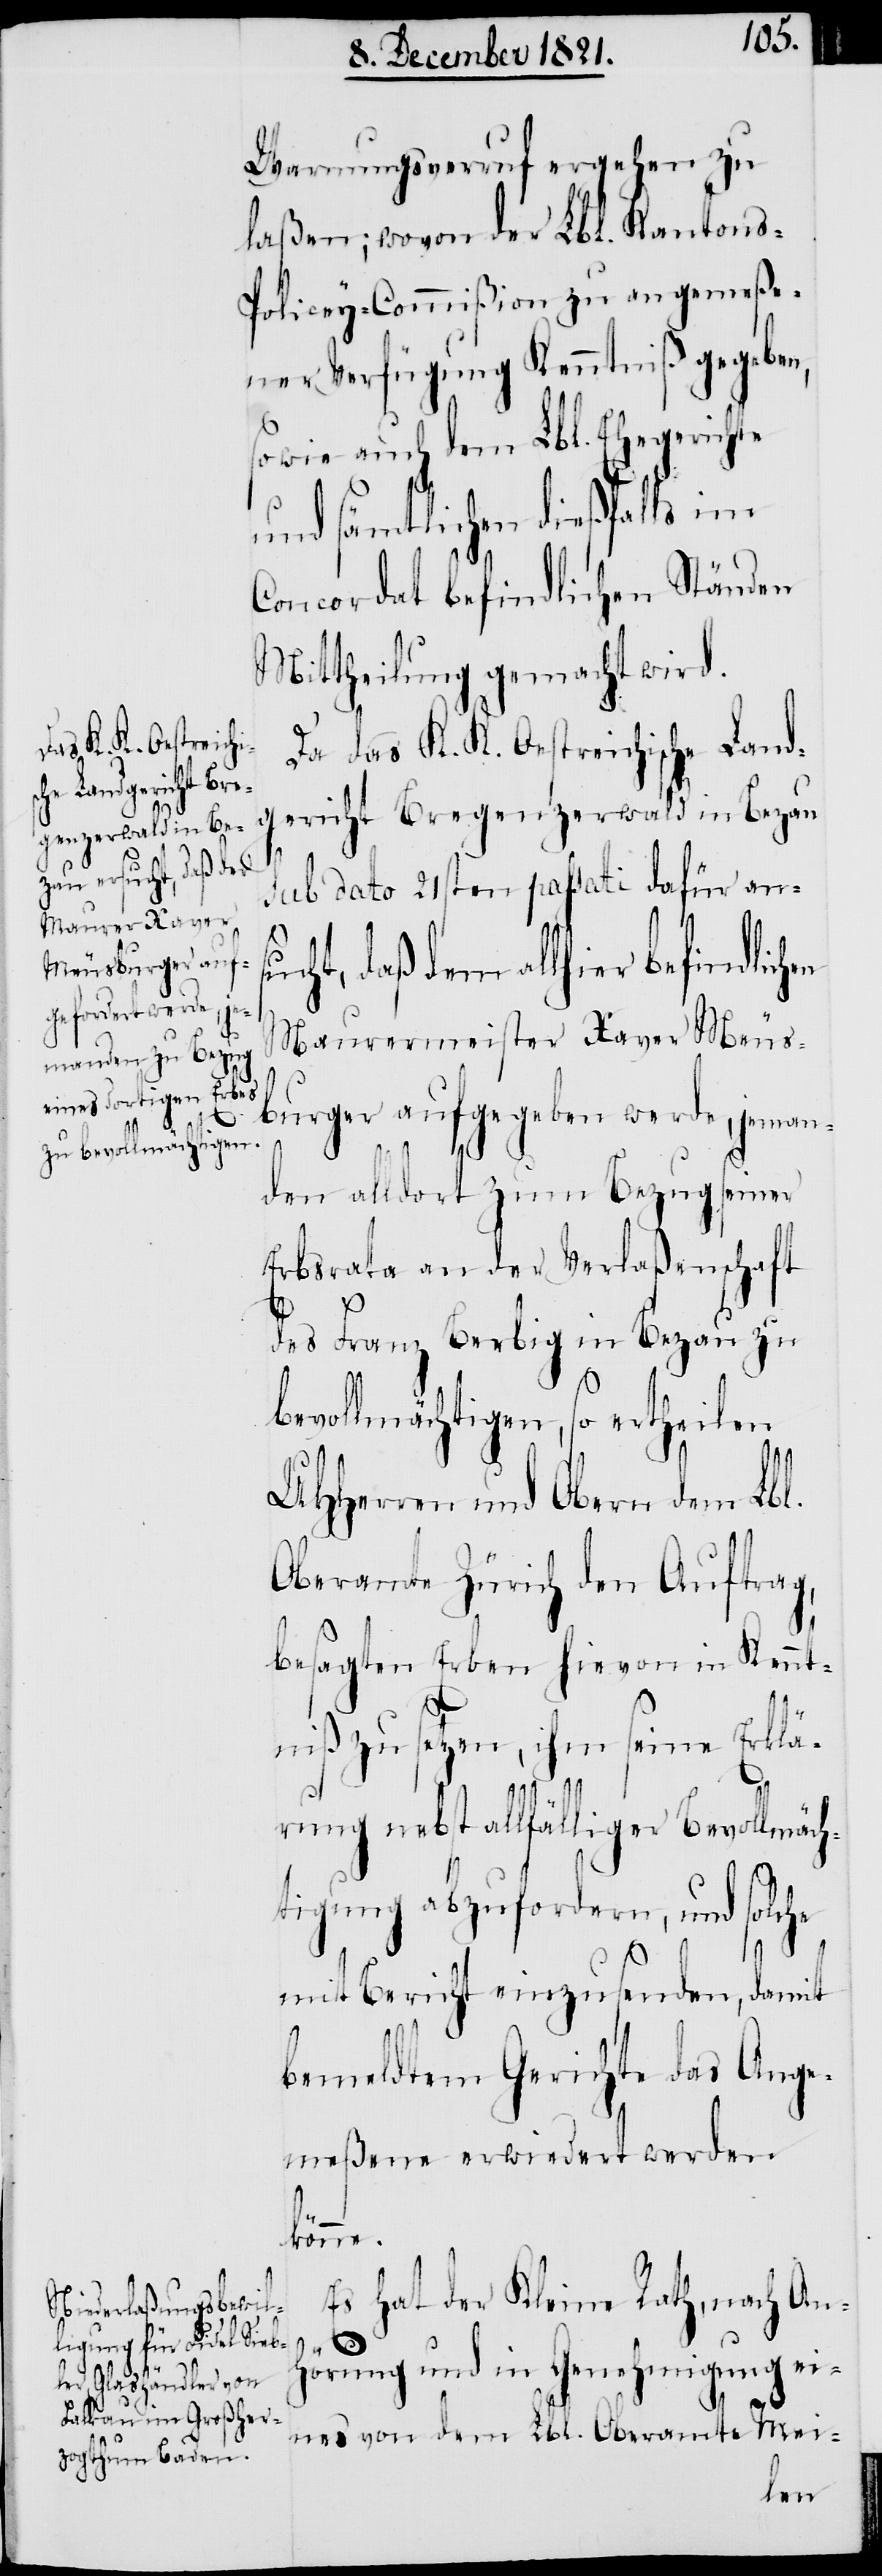
Warnungsverruf ergehen zu
laßen; wovon der Lbl. Kanton¬
s-Policey-Commißion zu angemeße¬
ner Verfügung Kenntniß gegeben,
sowie auch dem Lbl. Ehegerichte
und sämtlichen dießfalls im
Concordat befindlichen Ständen
Mittheilung gemacht wird.
Da das K. K. Oestreichische Land¬
gericht Bregenzerwald in Bezau
sub dato 21sten passati dafür ansu¬
cht, daß dem allhier befindlic¬
Maurermeister Xaver Meus¬
burger aufgegeben werde, jeman¬
den alldort zum Bezug seiner
Erbsrata an der Verlaßenschaft
des Franz Berbig in Bezau zu
bevollmächtigen, so ertheilen
UHHerren und Obern dem Lbl.
Oberamte Zürich den Auftrag,
besagten Erben hievon in Kennt¬
niß zu setzen, ihm seine Erklä¬
rung nebst allfälliger Bevollmäch¬
tigung abzufordern, und solche
mit Bericht einzusenden, damit
bemeldtem Gerichte das Ange¬
meßene erwiedert werden
könne.
Es hat der Kleine Rath, nach An¬
hörung und in Genehmigung ei¬
nes von dem Lbl. Oberamte Mei-
hen